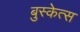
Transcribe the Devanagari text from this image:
बुस्केत्स